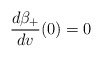
\begin{align*} \frac{d\beta_+}{dv}(0)=0\end{align*}